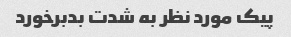
پیک مورد نظر به شدت بدبرخورد